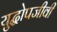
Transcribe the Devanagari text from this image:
युद्धोपजीवी